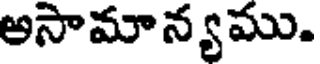
అసామాన్యము.